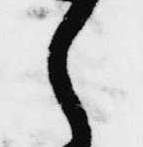
候